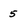
Character: 5